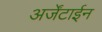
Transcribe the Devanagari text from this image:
अर्जेंटाईन